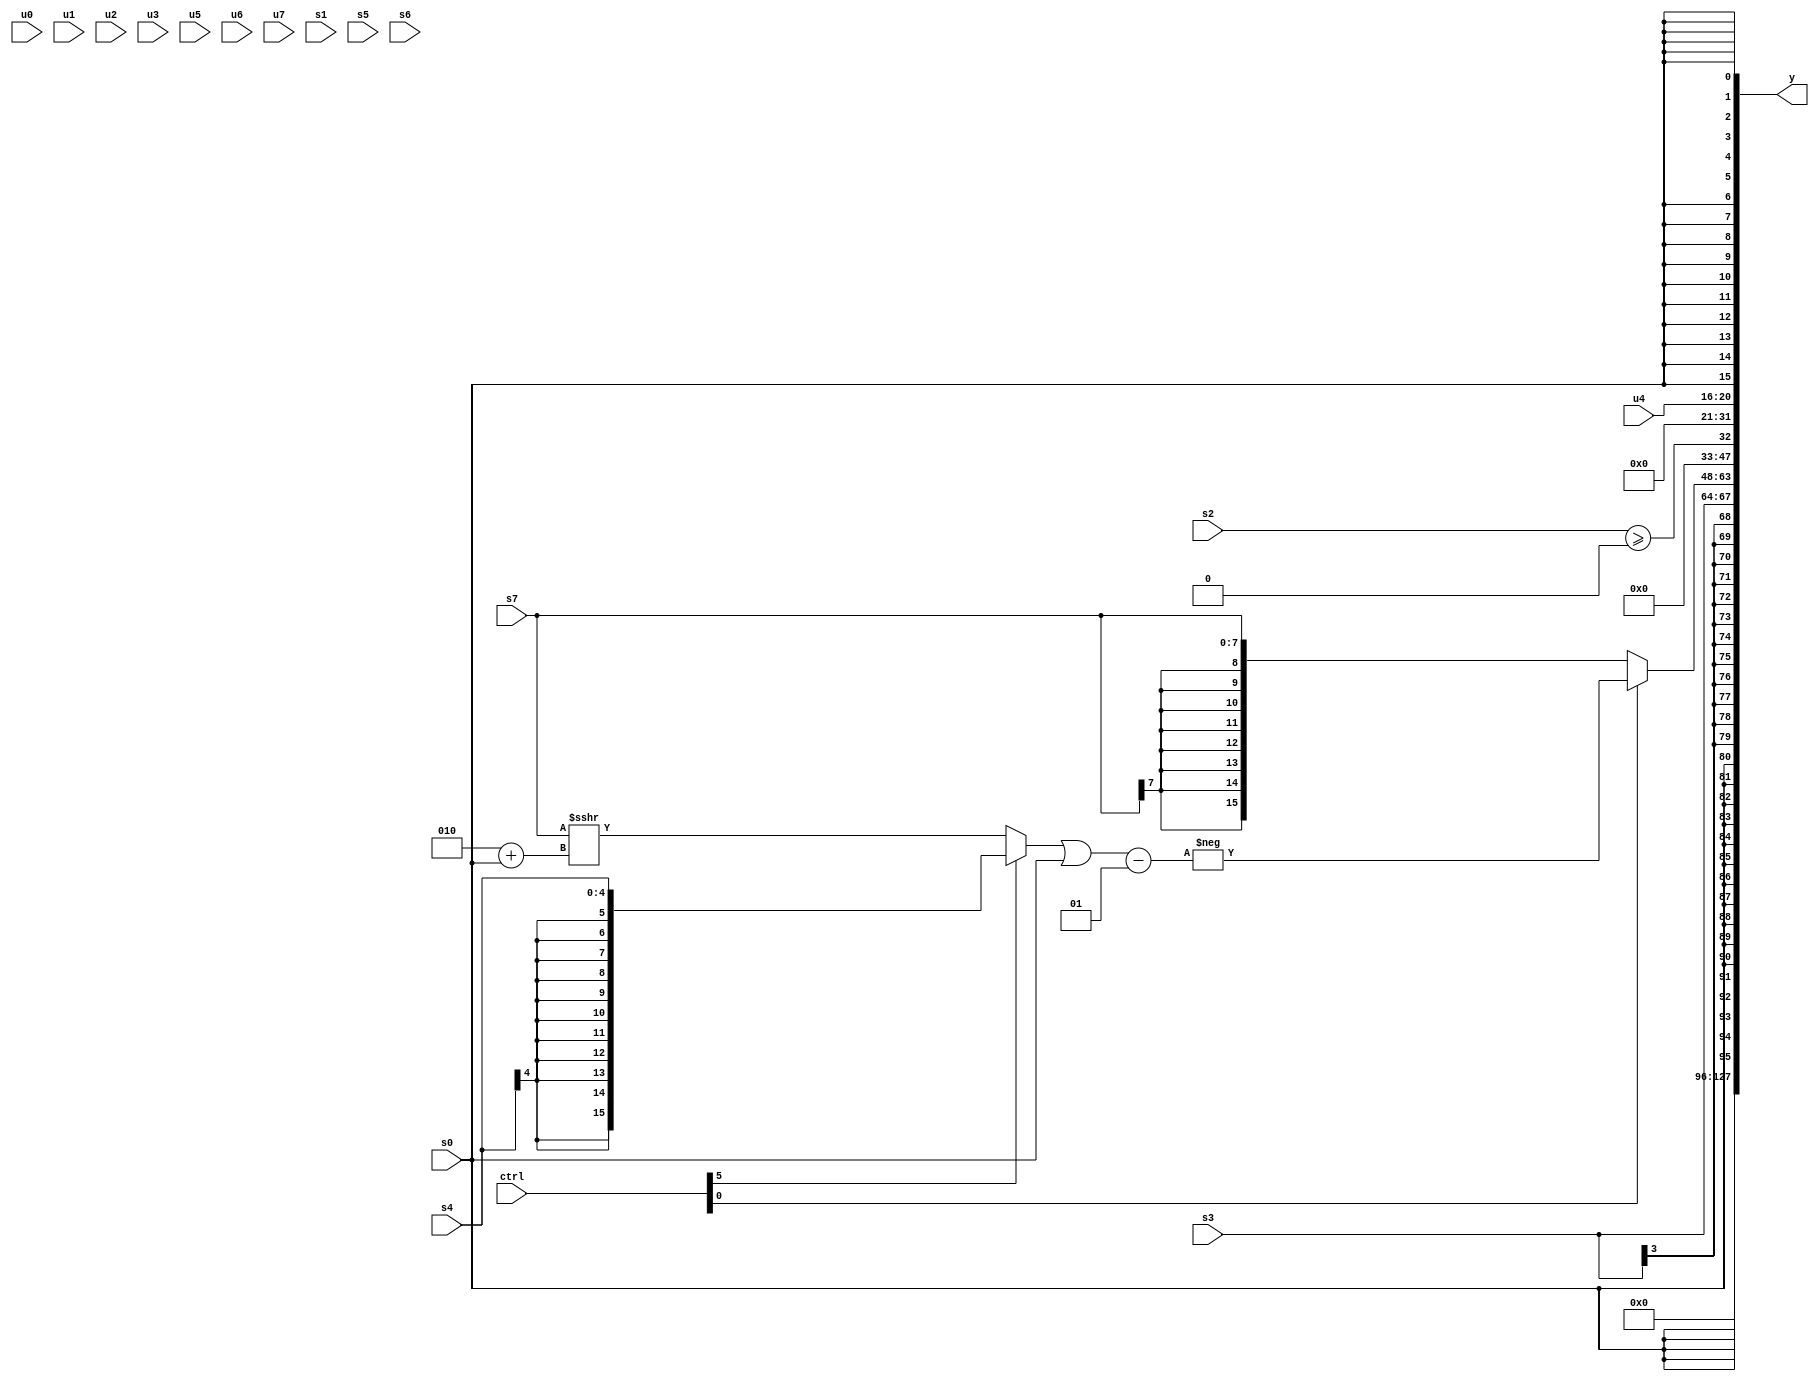
module wideexpr_00777(ctrl, u0, u1, u2, u3, u4, u5, u6, u7, s0, s1, s2, s3, s4, s5, s6, s7, y);
  input [7:0] ctrl;
  input [0:0] u0;
  input [1:0] u1;
  input [2:0] u2;
  input [3:0] u3;
  input [4:0] u4;
  input [5:0] u5;
  input [6:0] u6;
  input [7:0] u7;
  input signed [0:0] s0;
  input signed [1:0] s1;
  input signed [2:0] s2;
  input signed [3:0] s3;
  input signed [4:0] s4;
  input signed [5:0] s5;
  input signed [6:0] s6;
  input signed [7:0] s7;
  output [127:0] y;
  wire [15:0] y0;
  wire [15:0] y1;
  wire [15:0] y2;
  wire [15:0] y3;
  wire [15:0] y4;
  wire [15:0] y5;
  wire [15:0] y6;
  wire [15:0] y7;
  assign y = {y0,y1,y2,y3,y4,y5,y6,y7};
  assign y0 = 1'sb0;
  assign y1 = $signed((6'sb100111)<<<(5'sb11110));
  assign y2 = s0;
  assign y3 = s3;
  assign y4 = (ctrl[0]?-((((ctrl[5]?s4:(s7)>>>(((1'sb1)&(4'sb0010))+(s0))))|($signed(s0)))-(3'sb001)):s7);
  assign y5 = (s2)>=(1'sb0);
  assign y6 = u4;
  assign y7 = s0;
endmodule